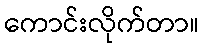
ကောင်းလိုက်တာ။